Report on sanitation, dispensaries, and jails in Rajputana for 1920, and on vaccination for the year 1920-1921 - 1920-1921
Year: 1920
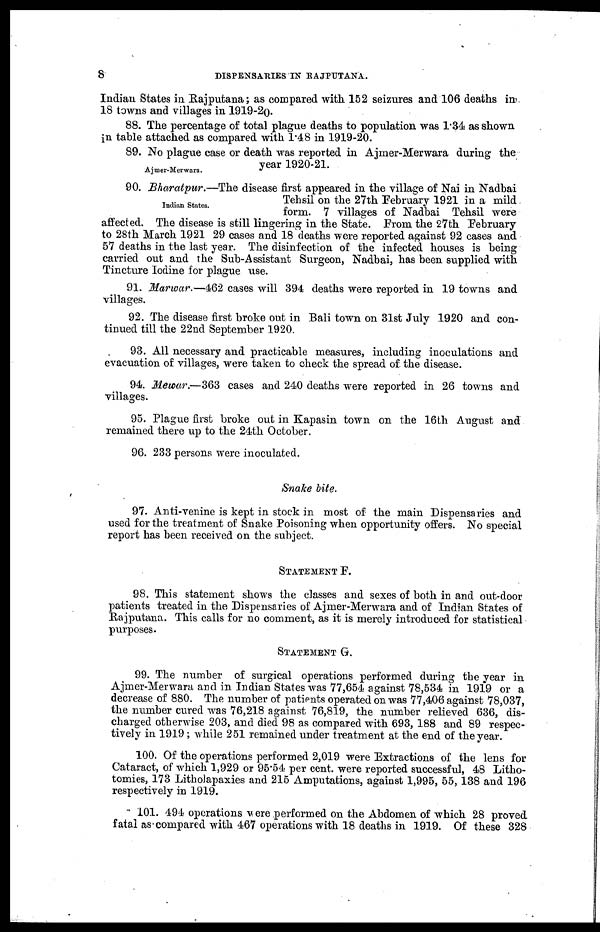
8
DISPENSARIES IN RAJPUTANA.
Indian States in Rajputana; as compared with 152 seizures and 106 deaths in
18 towns and villages in 1919-20.
88. The percentage of total plague deaths to population was 1.34 as shown
in table attached as compared with 1.48 in 1919-20.
Ajmer- Merwara.
89. No plague case or death was reported in Ajmer-Merwara during the
year 1920-21.
Indian States.
90. Bharatpur.—The disease first appeared in the village of Nai in Nadbai
Tehsil on the 27th February 1921 in a mild
form. 7 villages of Nadbai Tehsil were
affected. The disease is still lingering in the State. From the 27th February
to 28th March 1921 29 cases and 18 deaths were reported against 92 cases and
57 deaths in the last year. The disinfection of the infected houses is being
carried out and the Sub-Assistant Surgeon, Nadbai, has been supplied with
Tincture Iodine for plague use.
91. Marwar.—462 cases will 394 deaths were reported in 19 towns and
villages.
92. The disease first broke out in Bali town on 31st July 1920 and con-
tinued till the 22nd September 1920.
93. All necessary and practicable measures, including inoculations and
evacuation of villages, were taken to check the spread of the disease.
94. Mewar.—363 cases and 240 deaths were reported in 26 towns and
villages.
95. Plague first broke out in Kapasin town on the 16th August and
remained there up to the 24th October.
96. 233 persons were inoculated.
Snake bite.
97. Anti-venine is kept in stock in most of the main Dispensaries and
used for the treatment of Snake Poisoning when opportunity offers. No special
report has been received on the subject.
STATEMENT F.
98. This statement shows the classes and sexes of both in and out-door
patients treated in the Dispensaries of Ajmer-Merwara and of Indian States of
Rajputana. This calls for no comment, as it is merely introduced for statistical
purposes.
STATEMENT G.
99. The number of surgical operations performed during the year in
Ajmer-Merwara and in Indian States was 77,654 against 78,534 in 1919 or a
decrease of 880. The number of patients operated on was 77,406 against 78,037,
the number cured was 76,218 against 76,819, the number relieved 636, dis-
charged otherwise 203, and died 98 as compared with 693, 188 and 89 respec-
tively in 1919; while 251 remained under treatment at the end of the year.
100. Of the operations performed 2,019 were Extractions of the lens for
Cataract, of which 1,929 or 95.54 per cent. were reported successful, 48 Litho-
tomies, 173 Litholapaxies and 215 Amputations, against 1,995, 55, 138 and 196
respectively in 1919.
101. 494 operations were performed on the Abdomen of which 28 proved
fatal as compared with 467 operations with 18 deaths in 1919. Of these 328